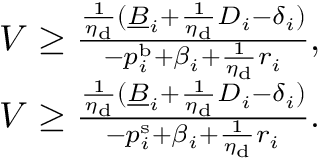
\begin{array} { r } { V \ge \frac { \frac { 1 } { \eta _ { \mathrm { d } } } ( \underline { { B } } _ { i } + \frac { 1 } { \eta _ { \mathrm { d } } } D _ { i } - \delta _ { i } ) } { - p _ { i } ^ { \mathrm { b } } + \beta _ { i } + \frac { 1 } { \eta _ { \mathrm { d } } } r _ { i } } , } \\ { V \ge \frac { \frac { 1 } { \eta _ { \mathrm { d } } } ( \underline { { B } } _ { i } + \frac { 1 } { \eta _ { \mathrm { d } } } D _ { i } - \delta _ { i } ) } { - p _ { i } ^ { \mathrm { s } } + \beta _ { i } + \frac { 1 } { \eta _ { \mathrm { d } } } r _ { i } } . } \end{array}